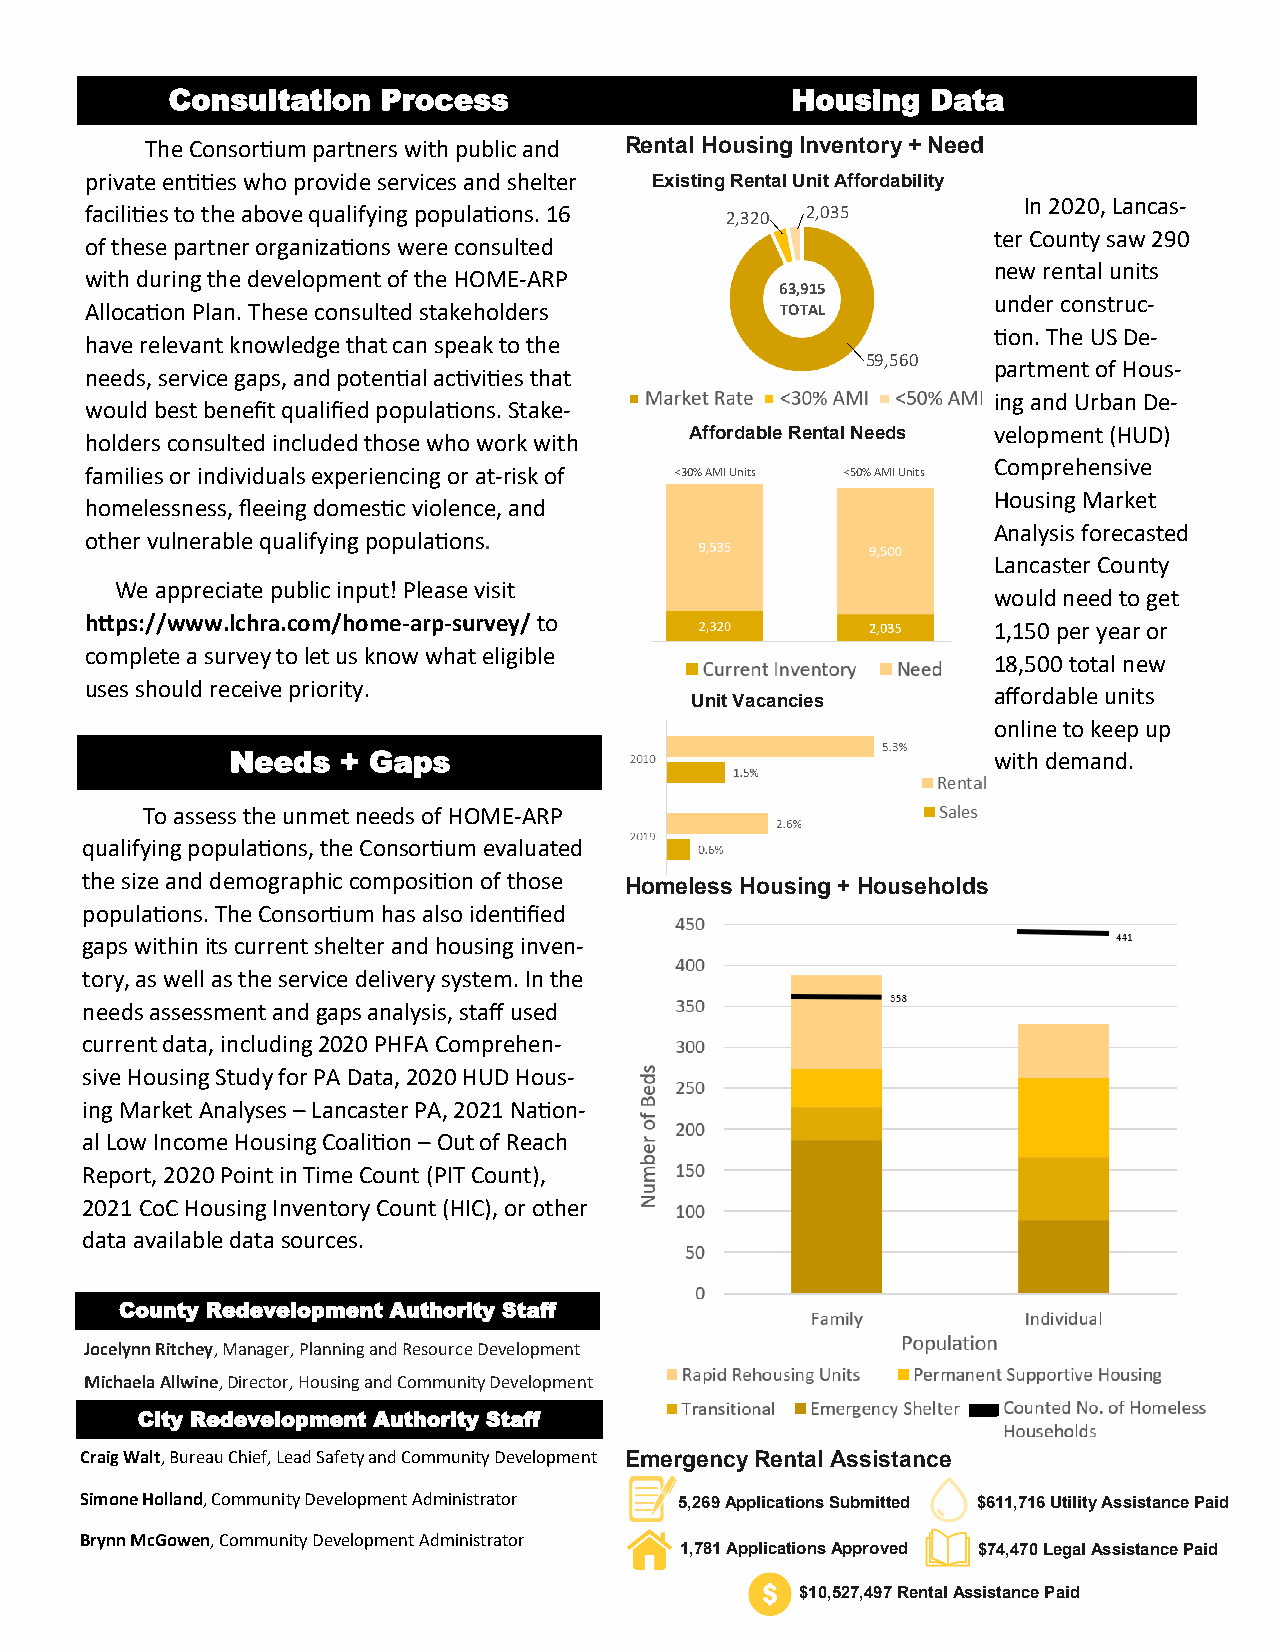
Consultation  Process                    Housing   Data
 The Consortium partners with public and Rental Housing Inventory + Need
 private entities who provide services and shelter Existing Rental Unit Affordability
 In 2020, Lancas-
 facilities to the above qualifying populations. 16 2,035
 2,320
 ter County saw 290
 of these partner organizations were consulted
 new rental units
 with during the development of the HOME-ARP
 63,915
 under construc-
 Allocation Plan. These consulted stakeholders TOTAL
 tion. The US De-
 have relevant knowledge that can speak to the
 59,560
 partment of Hous-
 needs, service gaps, and potential activities that
 ing and Urban De-
 would best benefit qualified populations. Stake-
 Affordable Rental Needs velopment (HUD)
 holders consulted included those who work with
 Comprehensive
 families or individuals experiencing or at-risk of <30% AMI Units <50% AMI Units
 Housing Market
 homelessness, fleeing domestic violence, and
 Analysis forecasted
 other vulnerable qualifying populations.
 Lancaster County
 We appreciate public input! Please visit
 would need to get
 https://www.lchra.com/home-arp-survey/ to
 1,150 per year or
 complete a survey to let us know what eligible
 18,500 total new
 uses should receive priority.
 affordable units
 Unit Vacancies
 online to keep up
 Needs   + Gaps                                     with demand.
 To assess the unmet needs of HOME-ARP
 qualifying populations, the Consortium evaluated
 the size and demographic composition of those Homeless Housing + Households
 populations. The Consortium has also identified
 gaps within its current shelter and housing inven-
 tory, as well as the service delivery system. In the
 needs assessment and gaps analysis, staff used
 current data, including 2020 PHFA Comprehen-
 sive Housing Study for PA Data, 2020 HUD Hous-
 ing Market Analyses – Lancaster PA, 2021 Nation-
 al Low Income Housing Coalition – Out of Reach
 Report, 2020 Point in Time Count (PIT Count),
 2021 CoC Housing Inventory Count (HIC), or other
 data available data sources.
 County Redevelopment Authority Staff
 Jocelynn Ritchey, Manager, Planning and Resource Development
 Michaela Allwine, Director, Housing and Community Development
 City Redevelopment Authority Staff
 Craig Walt, Bureau Chief, Lead Safety and Community Development Emergency Rental Assistance
 Simone Holland, Community Development Administrator 5,269 Applications Submitted $611,716 Utility Assistance Paid
 Brynn McGowen, Community Development Administrator
 1,781 Applications Approved $74,470 Legal Assistance Paid
 $10,527,497 Rental Assistance Paid